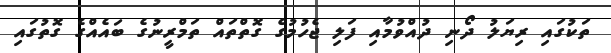
ތަކުގައި ރިޔަލު ދޯނި ދުއްވުމާއި ފަލި ޖެހުމުގެ ގޮތްތައް ތަމްރީނުގެ ބައެއްގެ ގޮތުގައި